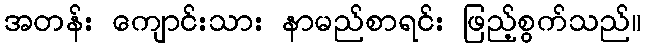
အတန်း ကျောင်းသား နာမည်စာရင်း ဖြည့်စွက်သည်။